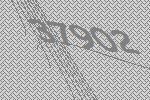
37902